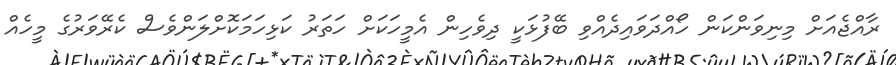
ރާއްޖެއަށް މިނިވަންކަން ހޯއްދަވައިދެއްވި ބޭފުޅަކީ ދިވެހިން އެމީހަކަށް ހަތަރު ކަޅިހަމަކޮށްލަންވެސް ކެރޭވަރުގެ މީހެއް